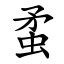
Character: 䖥